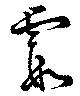
霞